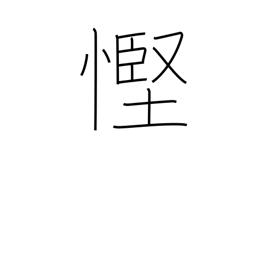
Meaning: stinginess